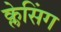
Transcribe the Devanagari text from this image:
क्लेसिंग